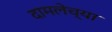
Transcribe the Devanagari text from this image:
दामलेच्या